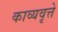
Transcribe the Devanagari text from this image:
काव्यवृत्ते